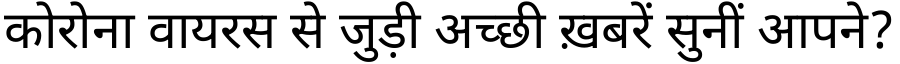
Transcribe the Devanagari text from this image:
कोरोना वायरस से जुड़ी अच्छी ख़बरें सुनीं आपने?